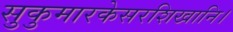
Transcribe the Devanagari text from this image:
सुकुमारकेसरशिखानि।